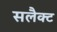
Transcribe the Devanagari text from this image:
सलैक्ट